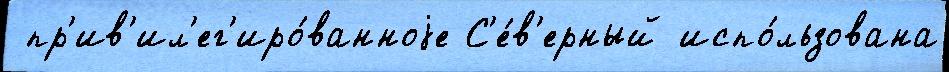
 пр'ив'ил'ег'иро́ванноjе С'е́в'ерный испо́льзована